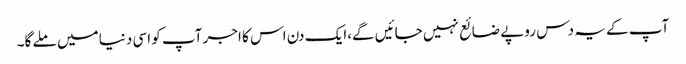
آپ کے یہ دس روپے ضائع نہیں جائیں گے،ایک دن اس کا اجر آپ کو اسی دنیا میں ملے گا۔